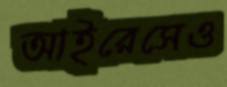
আইরেসেও